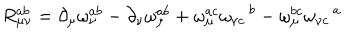
LaTeX: R _ { \mu \nu } ^ { a b } = \partial _ { \mu } \omega _ { \nu } ^ { a b } - \partial _ { \nu } \omega _ { \mu } ^ { a b } + \omega _ { \mu } ^ { a c } \omega _ { \nu c } \, ^ { b } - \omega _ { \mu } ^ { b c } \omega _ { \nu c } \, ^ { a }